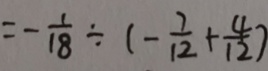
= - \frac { 1 } { 1 8 } \div ( - \frac { 7 } { 1 2 } + \frac { 4 } { 1 2 } )